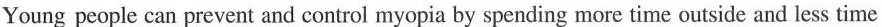
Young people can prevent and control myopia by spending more time outside and less time